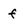
Character: f